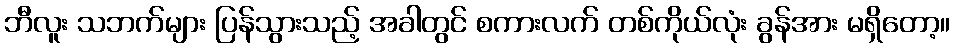
ဘီလူး သဘက်များ ပြန်သွားသည့် အခါတွင် စကားလက် တစ်ကိုယ်လုံး ခွန်အား မရှိတော့။